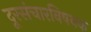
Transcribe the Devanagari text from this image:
दूरसंचारविषयक